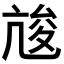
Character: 𠅣